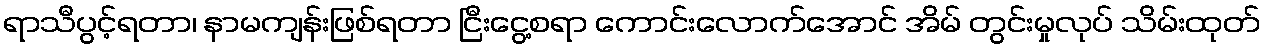
ရာသီပွင့်ရတာ၊ နာမကျန်းဖြစ်ရတာ ငြီးငွေ့စရာ ကောင်းလောက်အောင် အိမ် တွင်းမှုလုပ် သိမ်းထုတ်